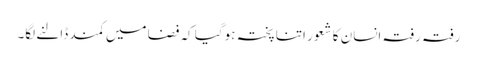
رفتہ رفتہ انسان کا شعور اتنا پختہ ہوگیا کہ فضا میں کمند ڈالنے لگا۔